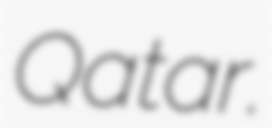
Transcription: Qatar.